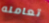
تعامله